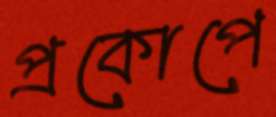
প্রকোপে